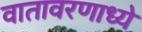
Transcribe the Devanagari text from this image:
वातावरणाध्ये